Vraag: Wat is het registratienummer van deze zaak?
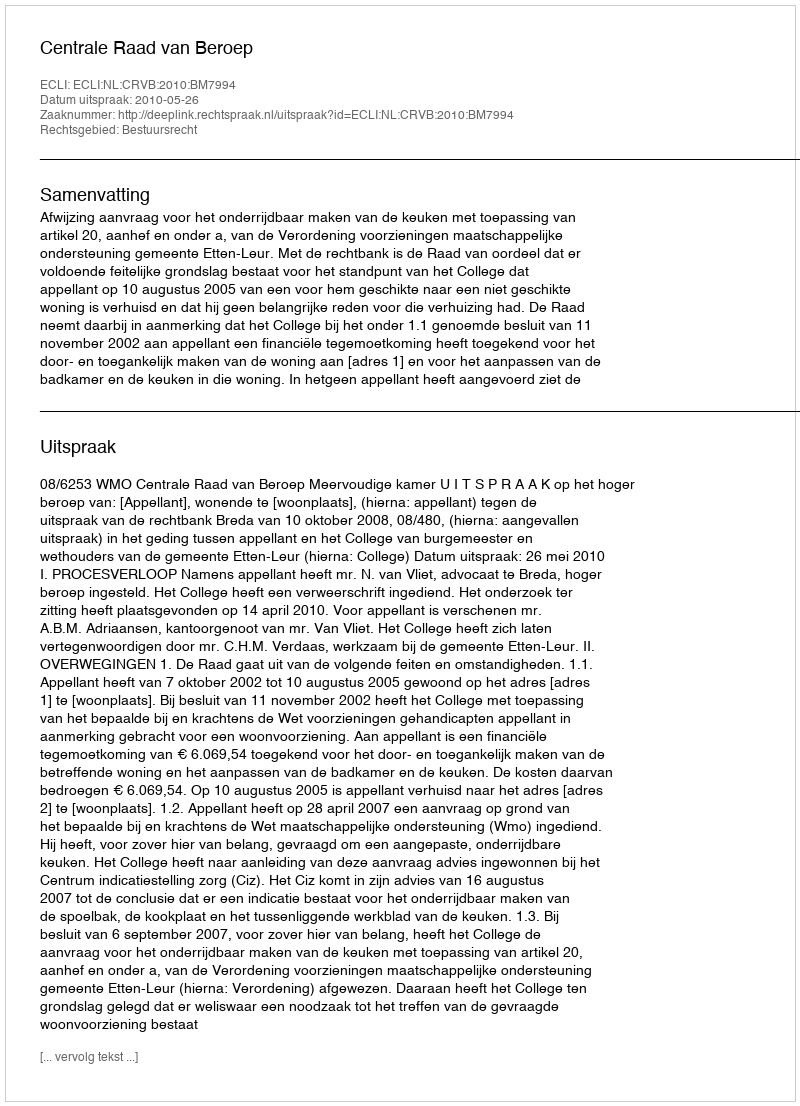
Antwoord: http://deeplink.rechtspraak.nl/uitspraak?id=ECLI:NL:CRVB:2010:BM7994